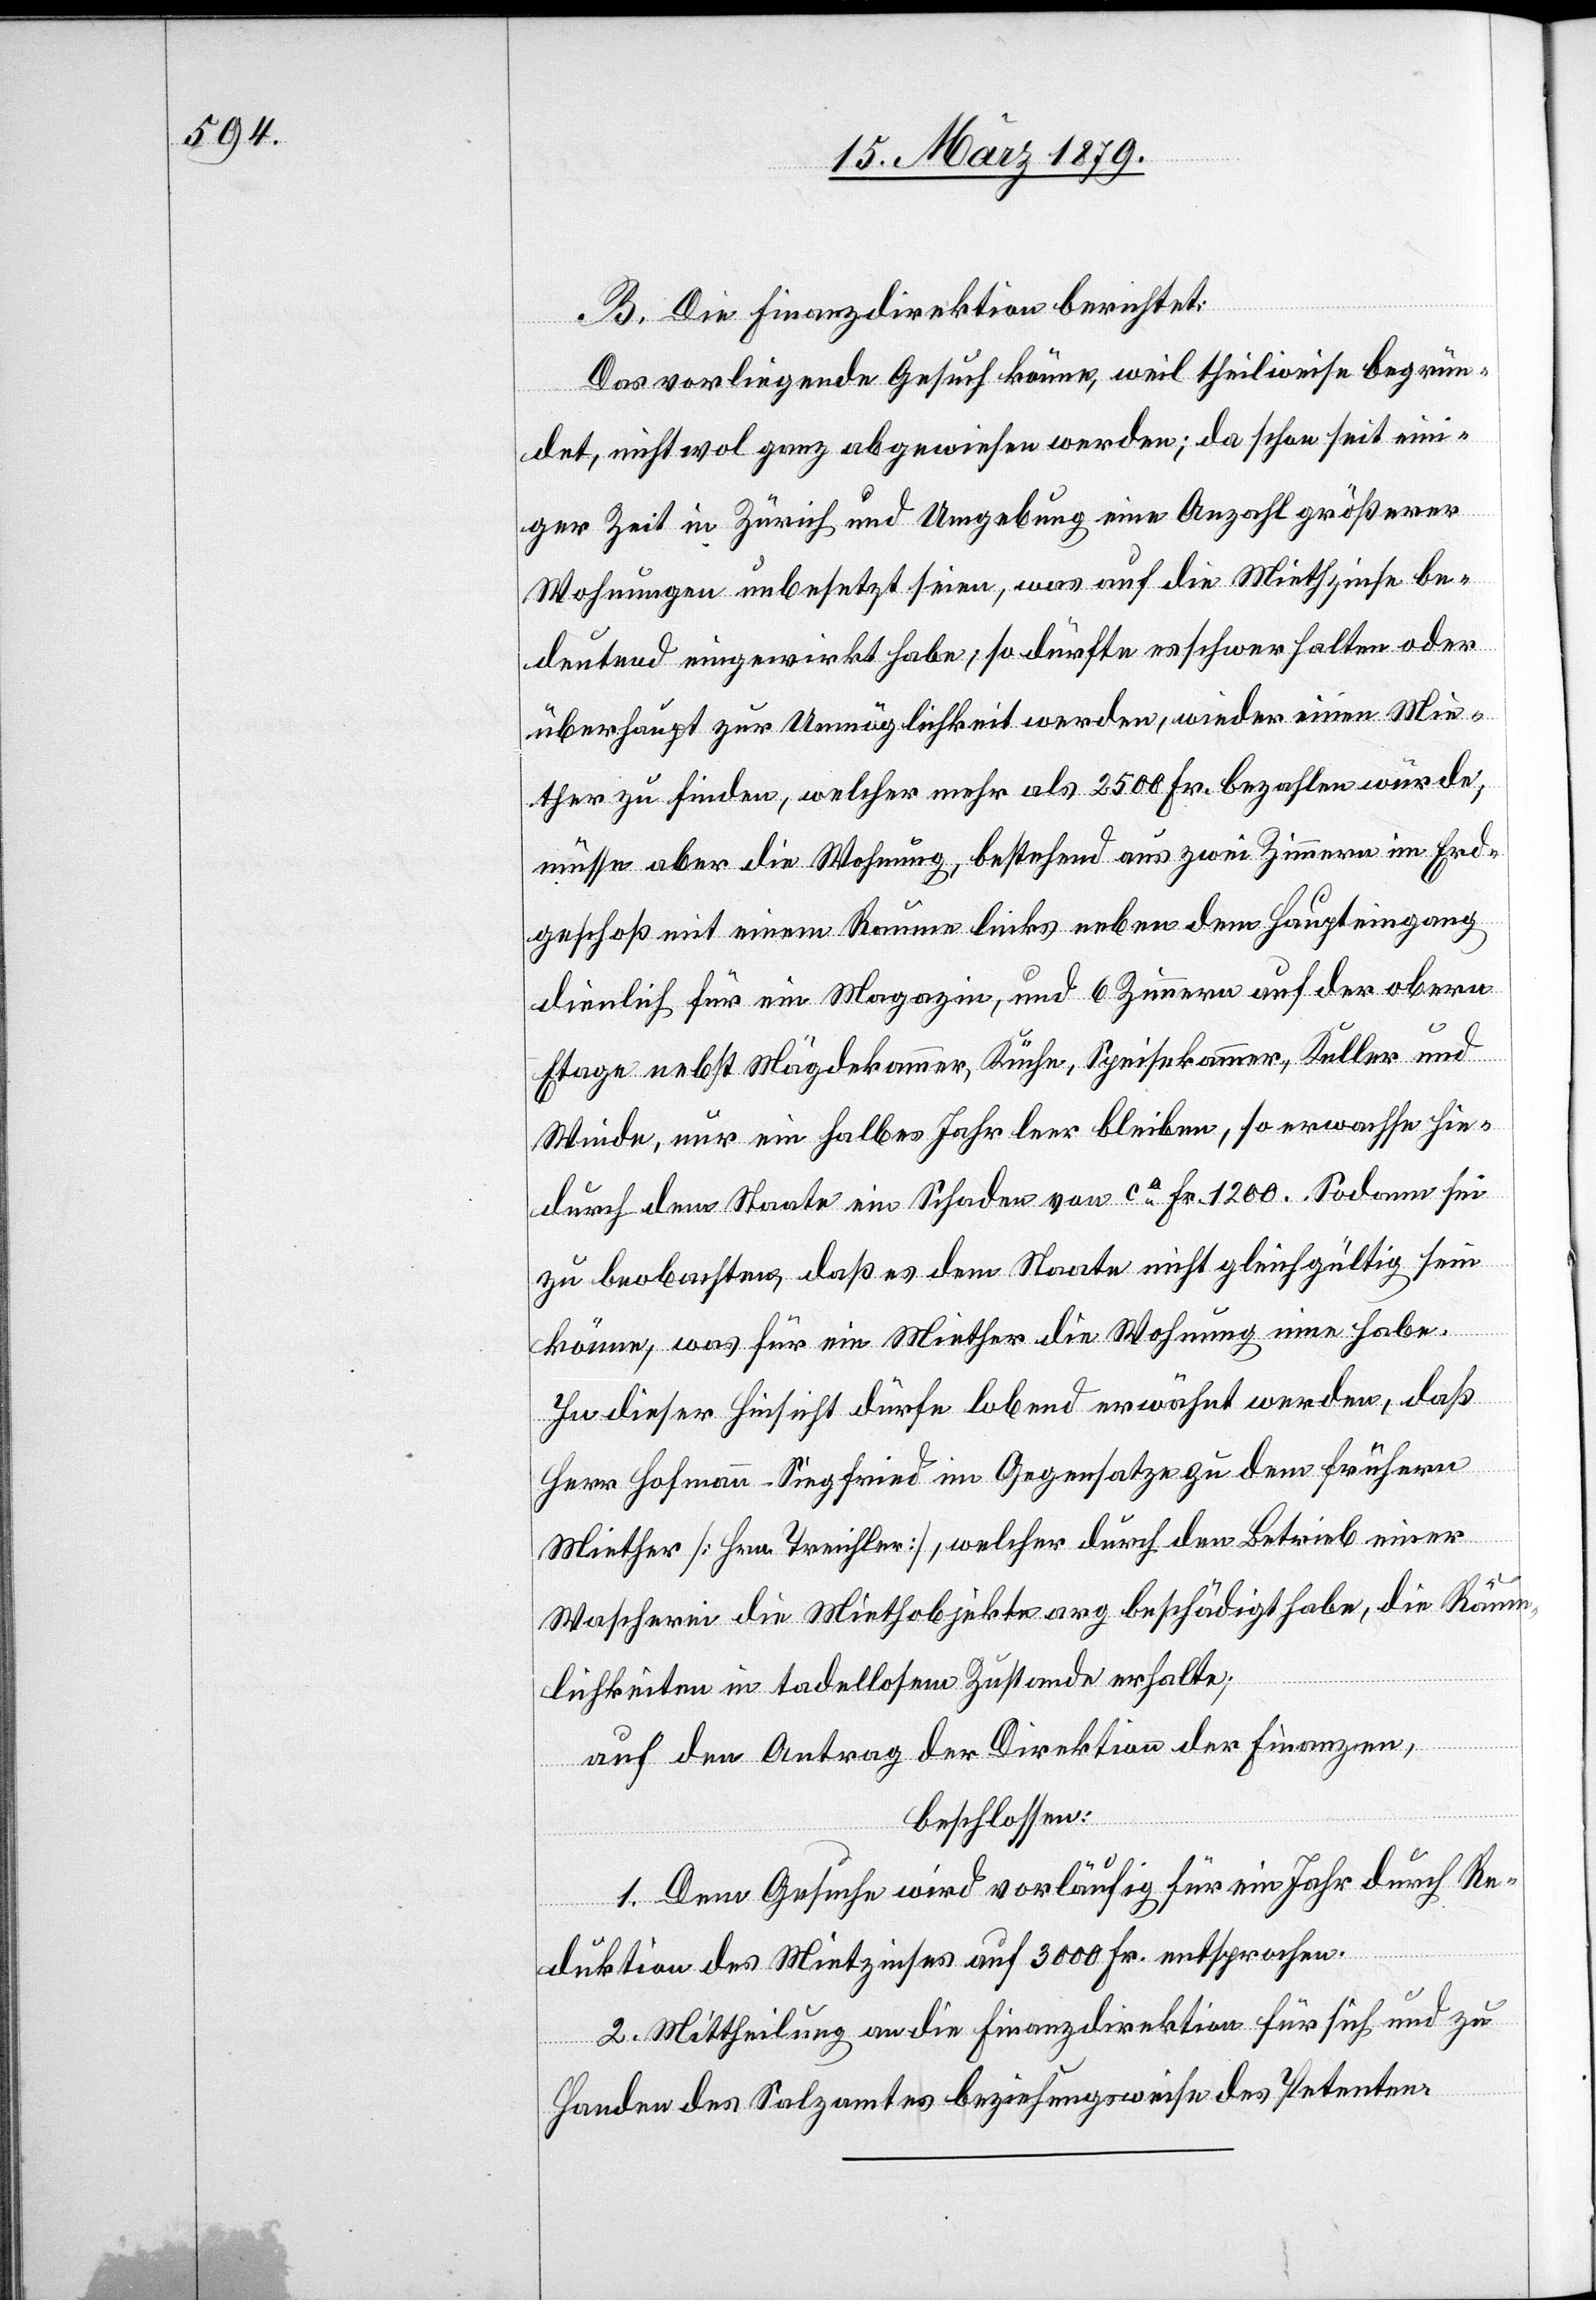
B. Die Finanzdirektion berichtet:
Das vorliegende Gesuch könne, weil theilweise begrün¬
det, nicht wol ganz abgewiesen werden; da schon seit ein¬
iger Zeit in Zürich und Umgebung eine Anzahl größerer
Wohnungen unbesetzt seien, was auf die Miethzinse be¬
deutend eingewirkt habe, so dürfte es schwer halten oder
überhaupt zur Unmöglichkeit werden, wieder einen Mie¬
ther zu finden, welcher mehr als Fr. 2500 bezahlen würde;
müsse aber die Wohnung, bestehend aus zwei Zimmern im Erd¬
geschoß mit einem Raum links neben dem Haupteingang
dienlich für ein Magazin, und 6 Zimmern auf der obern
Etage nebst Mägdekammer, Küche, Speisekammer, Keller und
Winde, nur ein halbes Jahr leer bleiben, so erwachse hie¬
durch dem Staate ein Schaden von ca Fr. 1200. Sodann sei
zu beobachten, daß es dem Staate nicht gleichgültig sein
könne, was für ein Miether die Wohnung inne habe.
In dieser Hinsicht dürfe lobend erwähnt werden, daß
Herr Hofmann-Siegfried im Gegensatze zu dem frühern
Miether [Hrn. Treichler], welcher durch den Betrieb einer
Wascherei [sic!] die Miethobjekte arg beschädigt habe, die Räum¬
lichkeiten in tadellosem Zustande erhalte;
auf den Antrag der Direktion der Finanzen,
beschlossen:
1. Dem Gesuche wird vorläufig für ein Jahr durch Re¬
duktion des Miethzinses auf 3000 Fr. entsprochen.
2. Mittheilung an die Finanzdirektion für sich und zu
Handen des Salzamtes beziehungsweise des Petenten.